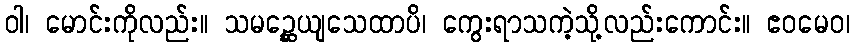
ဝါ၊ မောင်းကိုလည်း။ သမဉ္ဆေယျသေထာပိ၊ ကွေးရာသကဲ့သို့လည်းကောင်း။ ဧဝမေဝ၊